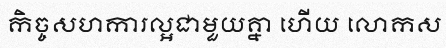
កិច្ចសហការល្អជាមួយគ្នា ហើយ លោកស